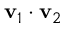
\mathbf { v } _ { 1 } \cdot \mathbf { v } _ { 2 }